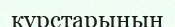
курстарының